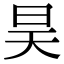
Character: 昊